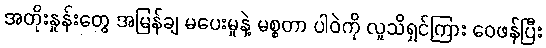
အတိုးနှုန်းတွေ အမြန်ချ မပေးမှုနဲ့ မစ္စတာ ပါဝဲကို လူသိရှင်ကြား ဝေဖန်ပြီး